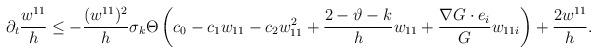
LaTeX: \begin{align*}\partial_{t}\frac{w^{11}}{h}\leq -\frac{(w^{11})^{2}}{h}\sigma_{k}\Theta\left(c_{0} -c_{1} w_{11}-c_{2}w^{2}_{11}+\frac{2-\vartheta-k}{h} w_{11}+\frac{\nabla G\cdot e_{i}}{G}w_{11i}\right)+\frac{2w^{11}}{h}.\end{align*}